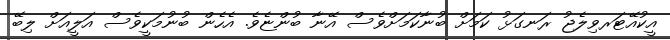
އީކުއޭޓަރވިލެޖު ރަނގަޅު ކަމަށް ބުނާކަމަށްވެސް އޭނާ ބުންޏެވެ. އެހެން ބުނުމަކީވެސް އަލީއަށް ލިބޭ